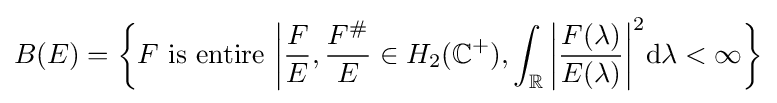
B(E)={\bigg \{}F{\text{ is entire }}{\bigg |}{\frac {F}{E}},{\frac {F^{\#}}{E}}\in H_{2}(\mathbb {C} ^{+}),\int _{\mathbb {R} }{\bigg |}{\frac {F(\lambda )}{E(\lambda )}}{\bigg |}^{2}\mathrm {d} \lambda <\infty {\bigg \}}